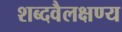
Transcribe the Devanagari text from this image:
शब्दवैलक्षण्य